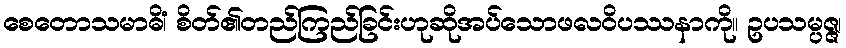
စေတောသမာဓိံ၊ စိတ်၏တည်ကြည်ခြင်းဟုဆိုအပ်သောဖလဝိပဿနာကို။ ဥပသမ္ပဇ္ဇ၊